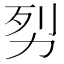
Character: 劽